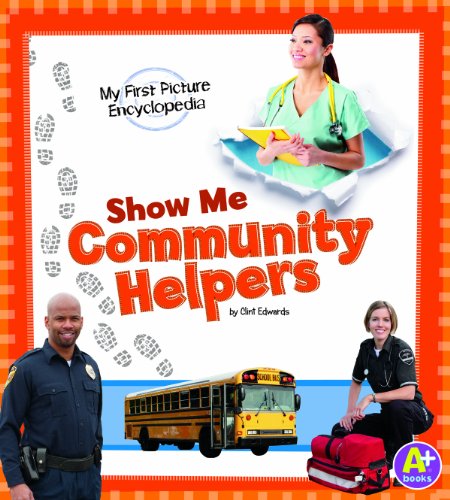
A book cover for Show Me Community Helpers: My First Picture Encyclopedia (My First Picture Encyclopedias); Clint Edwards; Reference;